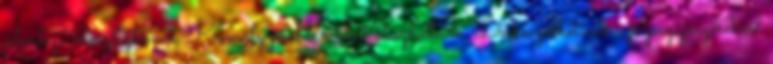
jelenlegi ökoszisztémát. Komoly problémákat okozhatnak. De beszélhetünk a papagájsügérekről